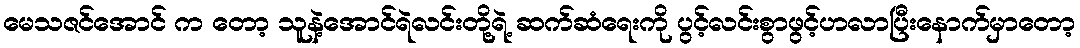
မေသဇင်အောင် က တော့ သူနဲ့အောင်ရဲလင်းတို့ရဲ့ ဆက်ဆံရေးကို ပွင့်လင်းစွာဖွင့်ဟလာပြီးနောက်မှာတော့